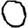
Digit: 0